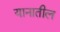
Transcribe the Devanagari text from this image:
यानातील